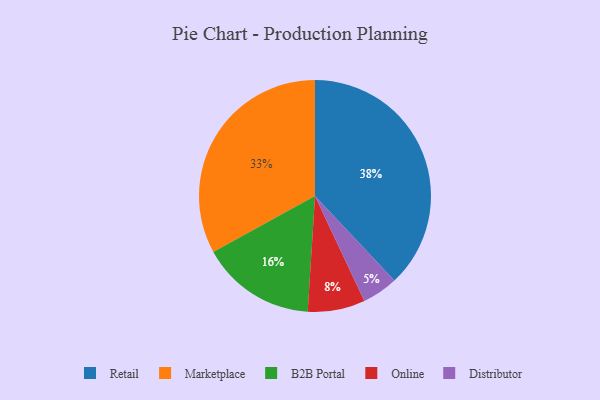
{"axis": {"x": "Category", "y": "Percentage"}, "legend": ["B2B Portal", "Distributor", "Marketplace", "Online", "Retail"], "data": [{"x": "B2B Portal", "y": 16, "type": "B2B Portal"}, {"x": "Retail", "y": 38, "type": "Retail"}, {"x": "Distributor", "y": 5, "type": "Distributor"}, {"x": "Marketplace", "y": 33, "type": "Marketplace"}, {"x": "Online", "y": 8, "type": "Online"}]}